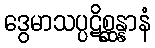
ဒွေမာသပ္ပဋိစ္ဆန္နာနံ